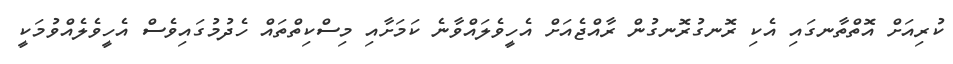
ކުރިއަށް އޮތްތާނގައި އެކި ރޮނގުރޮނގުން ރާއްޖެއަށް އެހީވެލައްވާނެ ކަމަށާއި މިސްކިތްތައް ހެދުމުގައިވެސް އެހީވެލެއްވުމަކީ